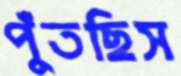
পুঁতছিস